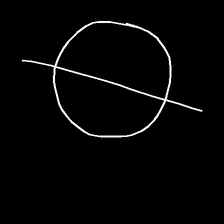
Glyph: orb